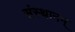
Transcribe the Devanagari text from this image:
संस्थानम्